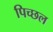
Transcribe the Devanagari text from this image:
पिच्छल